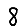
Digit: 8